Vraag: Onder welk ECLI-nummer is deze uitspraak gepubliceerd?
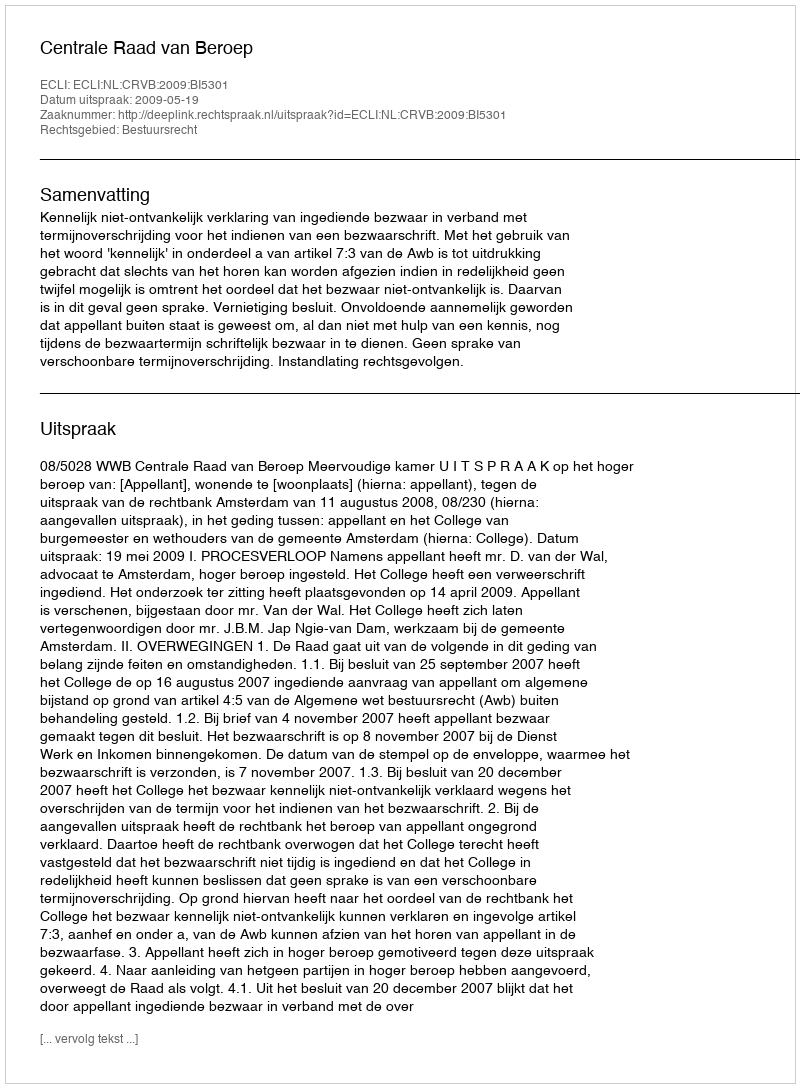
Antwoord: ECLI:NL:CRVB:2009:BI5301